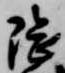
隈